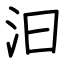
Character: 汩